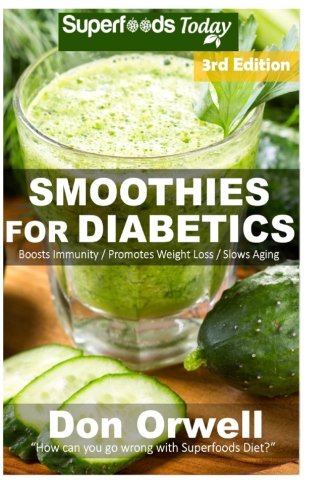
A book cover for Smoothies for Diabetics: 95+ Recipes of Blender Recipes: Diabetic & Sugar-Free Cooking, Heart Healthy Cooking, Detox Cleanse Diet, Smoothies for ... loss-detox smoothie recipes) (Volume 92); Don Orwell; Cookbooks, Food & Wine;